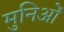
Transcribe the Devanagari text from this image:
मुनिओं